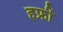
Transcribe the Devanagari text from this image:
हफ्रीं